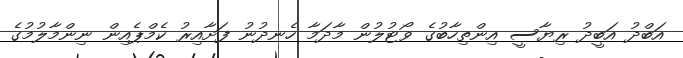
އަބްދު އަބީދު ރިޔާސީ އިންތިހާބުގެ ވޯޓުލުން މާދަމާ ހެނދުނު ފަށާއިރު ކެމްޕެއިން ނިންމާލުމުގެ